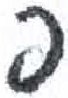
אות: פ